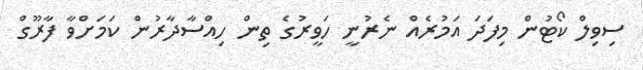
ސިވިލް ކޯޓުން މިފަދަ އަމުރެއް ނެރުނީ ހަވީރުގެ ތިން ހިއްސާދާރުން ކަމަށްވާ ފާރޫގް